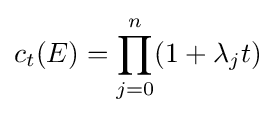
c_{t}(E)=\prod _{j=0}^{n}(1+\lambda _{j}t)